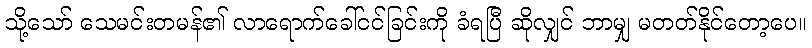
သို့သော် သေမင်းတမန်၏ လာရောက်ခေါ်ငင်ခြင်းကို ခံရပြီ ဆိုလျှင် ဘာမျှ မတတ်နိုင်တော့ပေ။